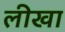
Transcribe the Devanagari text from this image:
लीखा